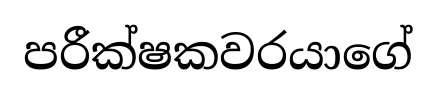
පරීක්ෂකවරයාගේ